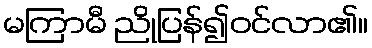
မကြာမီ ညိုပြန်၍ဝင်လာ၏။